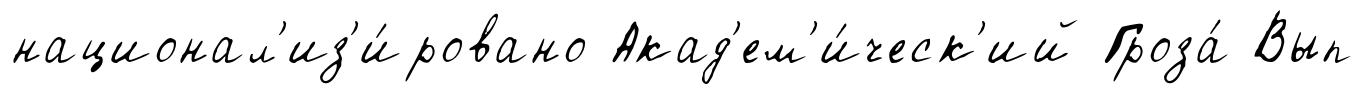
национал'из'и́ровано Акад'ем'и́ческ'ий Гроза́ Вып